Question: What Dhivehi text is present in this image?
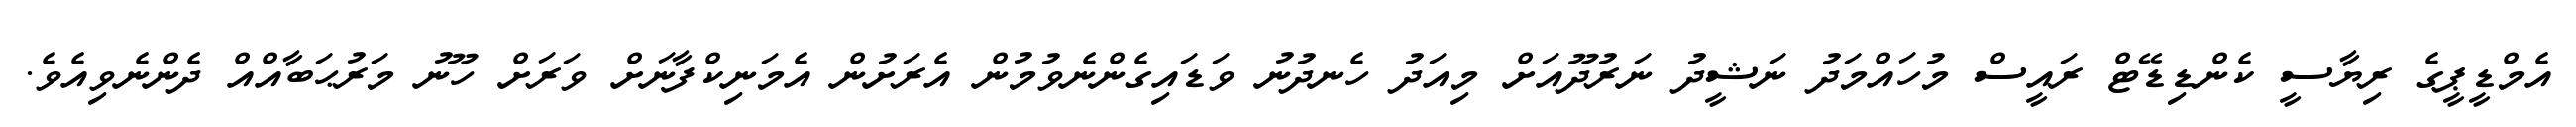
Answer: އެމްޑީޕީގެ ރިޔާސީ ކެންޑިޑޭޓް ރައީސް މުހައްމަދު ނަޝީދު ނަރުދޫއަށް މިއަދު ހެނދުނު ވަޑައިގެންނެވުމުން އެރަށުން އެމަނިކްފާނަށް ވަރަށް ހޫނު މަރުޙަބާއްއް ދެންނެވިއެވެ.